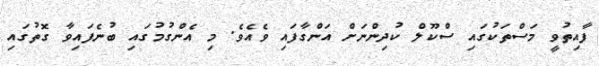
ފާއިތުވީ މަސްތަކުގައި ސްކޫލް ކުދިންނަށް އަންގާފައި ވެއެވެ. މި އެންގުމުގައި ބުނެފައިވާ ގޮތުގައި